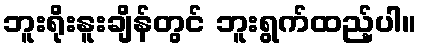
ဘူးရိုးနူးချိန်တွင် ဘူးရွက်ထည့်ပါ။